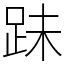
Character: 跊